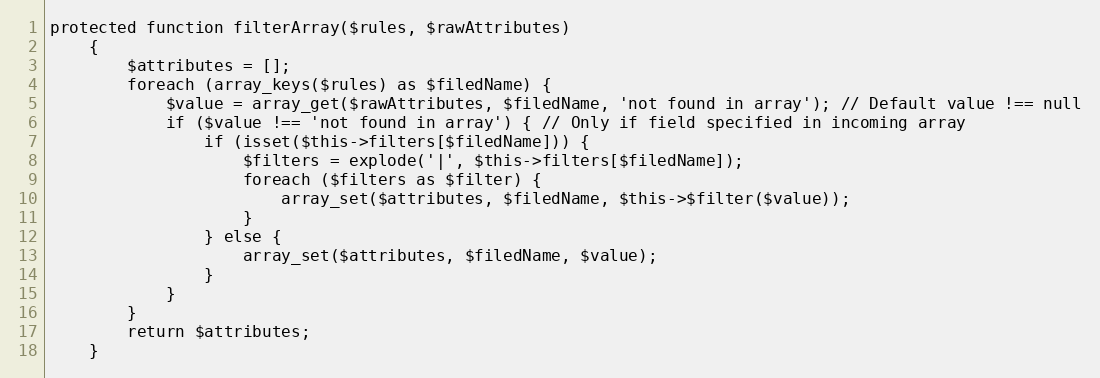
Language: PHP
protected function filterArray($rules, $rawAttributes)
    {
        $attributes = [];
        foreach (array_keys($rules) as $filedName) {
            $value = array_get($rawAttributes, $filedName, 'not found in array'); // Default value !== null
            if ($value !== 'not found in array') { // Only if field specified in incoming array
                if (isset($this->filters[$filedName])) {
                    $filters = explode('|', $this->filters[$filedName]);
                    foreach ($filters as $filter) {
                        array_set($attributes, $filedName, $this->$filter($value));
                    }
                } else {
                    array_set($attributes, $filedName, $value);
                }
            }
        }
        return $attributes;
    }